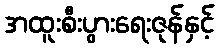
အထူးစီးပွားရေးဇုန်နှင့်